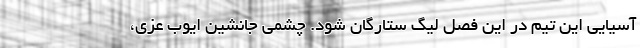
آسیایی این تیم در این فصل لیگ ستارگان شود. چشمی جانشین ایوب عزی،